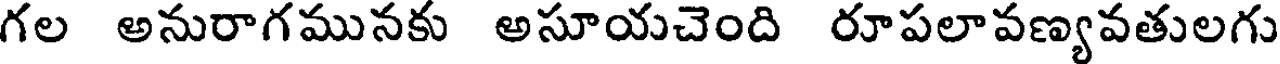
గల అనురాగమునకు అసూయచెంది రూపలావణ్యవతులగు